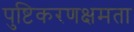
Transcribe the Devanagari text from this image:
पुष्टिकरणक्षमता